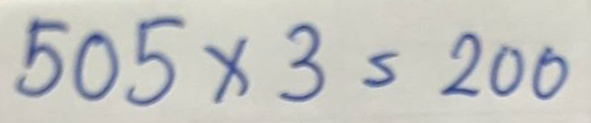
505 x 3 = 200